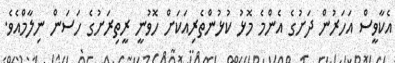
އެކާވީސް އަހަރުން ދަށުގެ އެންމެ މޮޅު ކުޅުންތެރިއަކަށް ހޮވުނީ ރީތިރަށުގެ ހަސަން ނިލާމްއެވެ.